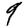
Digit: 9